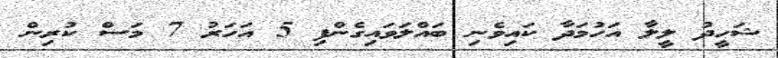
ޝަހީދު ލީލާ އަހުމަދާ ކައިވެނި ބައްލަވައިގެންފި 5 އަހަރު 7 މަސް ކުރިން